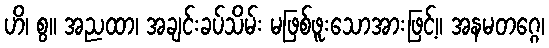
ဟိ၊ စွ။ အညထာ၊ အချင်းခပ်သိမ်း မဖြစ်ဖူးသောအားဖြင့်။ အနမတဂ္ဂေ၊